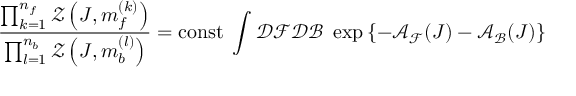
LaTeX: \frac { \prod _ { k = 1 } ^ { n _ { f } } { \mathcal { Z } } \left( J , m _ { f } ^ { ( k ) } \right) } { \prod _ { l = 1 } ^ { n _ { b } } { \mathcal { Z } } \left( J , m _ { b } ^ { ( l ) } \right) } = \mathrm { c o n s t } \; \int { \mathcal { D } } { \mathcal { F } } { \mathcal { D } } { \mathcal { B } } \; \exp \left\{ - { \mathcal { A } } _ { \mathcal { F } } ( J ) - { \mathcal { A } } _ { \mathcal { B } } ( J ) \right\}